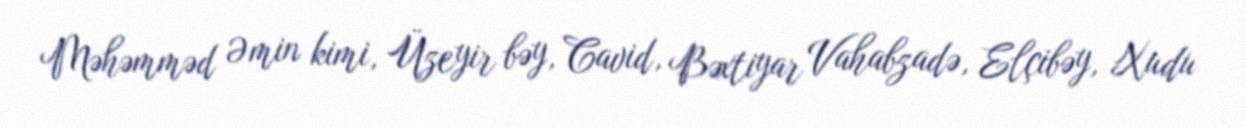
Məhəmməd Əmin kimi, Üzeyir bəy, Cavid, Bəxtiyar Vahabzadə, Elçibəy, Xudu